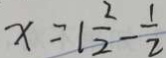
x = 1 \frac { 2 } { 2 } - \frac { 1 } { 2 }